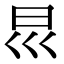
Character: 𡿯